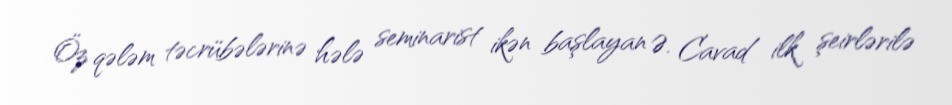
Öz qələm təcrübələrinə hələ seminarist ikən başlayan Ə. Cavad ilk şeirlərilə